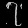
Digit: ၇